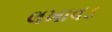
લખાવડ